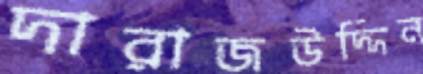
দারাজউদ্দিন